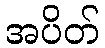
အပိတ်